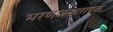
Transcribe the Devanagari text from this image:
भरणजलतापक